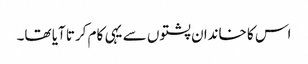
اس کا خاندان پشتوں سے یہی کام کرتا آیا تھا۔